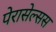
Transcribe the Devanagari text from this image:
पेरासेल्सस